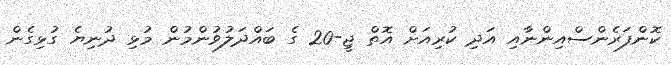
ކޮންފަރެންސްއިންނާއި އަދި ކުރިއަށް އޮތް ޖީ-20 ގެ ބައްދަލުވުންމުން މުޅި ދުނިޔެ ގުޅިގެން